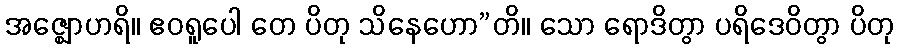
အဇ္ဈောဟရိ။ ဧဝရူပေါ တေ ပိတု သိနေဟော”တိ။ သော ရောဒိတွာ ပရိဒေဝိတွာ ပိတု